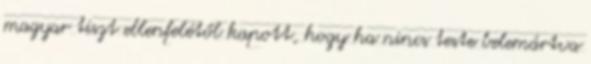
magyar tiszt ellenfelétől kapott, hogy ha nincs teste belemártva